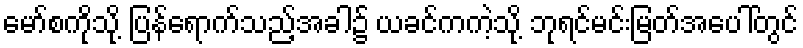
မော်စကိုသို့ ပြန်ရောက်သည့်အခါ၌ ယခင်ကကဲ့သို့ ဘုရင်မင်းမြတ်အပေါ်တွင်